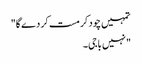
تمہیں چود کر مست کر دے گا"
"نہیں باجی۔